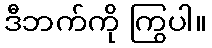
ဒီဘက်ကို ကြွပါ။